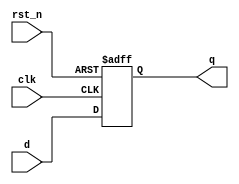
`timescale 1ns / 1ps
//////////////////////////////////////////////////////////////////////////////////
// Company: 
// Engineer: 
// 
// Design Name: 
// Module Name: d_ff_async
// Project Name: 
// Target Devices: 
// Tool Versions: 
// Description: 
// 
// Dependencies: 
// 
// Revision:
// Revision 0.01 - File Created
// Additional Comments:
// 
//////////////////////////////////////////////////////////////////////////////////


module d_ff_async(
    input clk,
    input rst_n,
    input d,
    output reg q
    );
    
    always @(posedge clk or negedge rst_n)
    begin
        if (!rst_n)
            q <= 0;
        else
            q <= d;
    end
endmodule